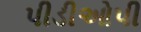
પીડીઓપી